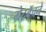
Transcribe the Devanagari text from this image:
ग्रेटबॅचने